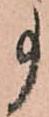
事